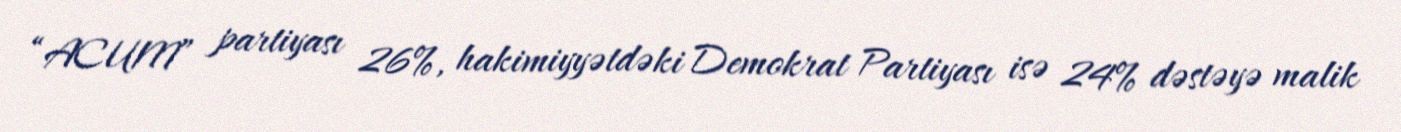
“ACUM” partiyası 26%, hakimiyyətdəki Demokrat Partiyası isə 24% dəstəyə malik